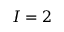
I = 2